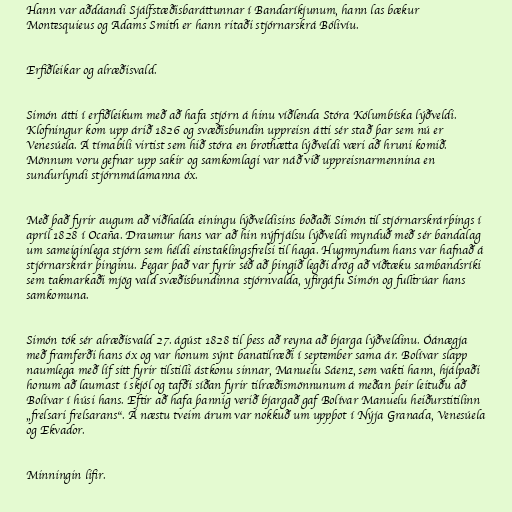
Hann var aðdáandi Sjálfstæðisbaráttunnar í Bandaríkjunum, hann las bækur
Montesquieus og Adams Smith er hann ritaði stjórnarskrá Bólivíu.

Erfiðleikar og alræðisvald.

Simón átti í erfiðleikum með að hafa stjórn á hinu víðlenda Stóra Kólumbíska lýðveldi.
Klofningur kom upp árið 1826 og svæðisbundin uppreisn átti sér stað þar sem nú er
Venesúela. Á tímabili virtist sem hið stóra en brothætta lýðveldi væri að hruni komið.
Mönnum voru gefnar upp sakir og samkomlagi var náð við uppreisnarmennina en
sundurlyndi stjórnmálamanna óx.

Með það fyrir augum að viðhalda einingu lýðveldisins boðaði Simón til stjórnarskrárþings í
apríl 1828 í Ocaña. Draumur hans var að hin nýfrjálsu lýðveldi mynduð með sér bandalag
um sameiginlega stjórn sem héldi einstaklingsfrelsi til haga. Hugmyndum hans var hafnað á
stjórnarskrár þinginu. Þegar það var fyrir séð að þingið legði drög að víðtæku sambandsríki
sem takmarkaði mjög vald svæðisbundinna stjórnvalda, yfirgáfu Simón og fulltrúar hans
samkomuna.

Simón tók sér alræðisvald 27. ágúst 1828 til þess að reyna að bjarga lýðveldinu. Óánægja
með framferði hans óx og var honum sýnt banatilræði í september sama ár. Bolívar slapp
naumlega með líf sitt fyrir tilstilli ástkonu sinnar, Manuelu Sáenz, sem vakti hann, hjálpaði
honum að laumast í skjól og tafði síðan fyrir tilræðismönnunum á meðan þeir leituðu að
Bolívar í húsi hans. Eftir að hafa þannig verið bjargað gaf Bolívar Manuelu heiðurstitilinn
„frelsari frelsarans“. Á næstu tveim árum var nokkuð um uppþot í Nýja Granada, Venesúela
og Ekvador.

Minningin lifir.